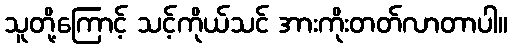
သူတို့ကြောင့် သင့်ကိုယ်သင် အားကိုးတတ်လာတာပါ။